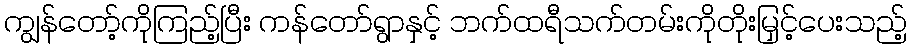
ကျွန်တော့်ကိုကြည့်ပြီး ကန်တော်ရွာနှင့် ဘက်ထရီသက်တမ်းကိုတိုးမြှင့်ပေးသည့်